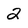
Character: 2